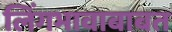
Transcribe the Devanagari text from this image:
लिंगभावाबाबत